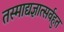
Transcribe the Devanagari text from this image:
तस्माद्यज्ञात्सर्वहुत